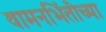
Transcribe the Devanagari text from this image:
वामनभिंतीच्या